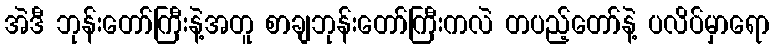
အဲဒီ ဘုန်းတော်ကြီးနဲ့အတူ စာချဘုန်းတော်ကြီးကလဲ တပည့်တော်နဲ့ ပလိပ်မှာရော